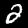
Label: 2